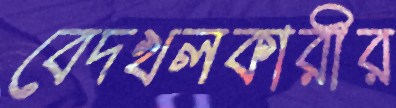
বেদখলকারীর